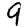
Digit: 9